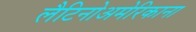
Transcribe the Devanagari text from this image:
लैटिनोअमेरिकाना